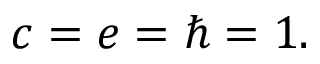
c = e = \hbar = 1 .